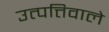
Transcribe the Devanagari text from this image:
उत्पत्तिवाले